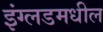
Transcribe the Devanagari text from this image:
इंग्लडमधील